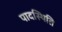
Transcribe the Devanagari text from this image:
पादस्थिति